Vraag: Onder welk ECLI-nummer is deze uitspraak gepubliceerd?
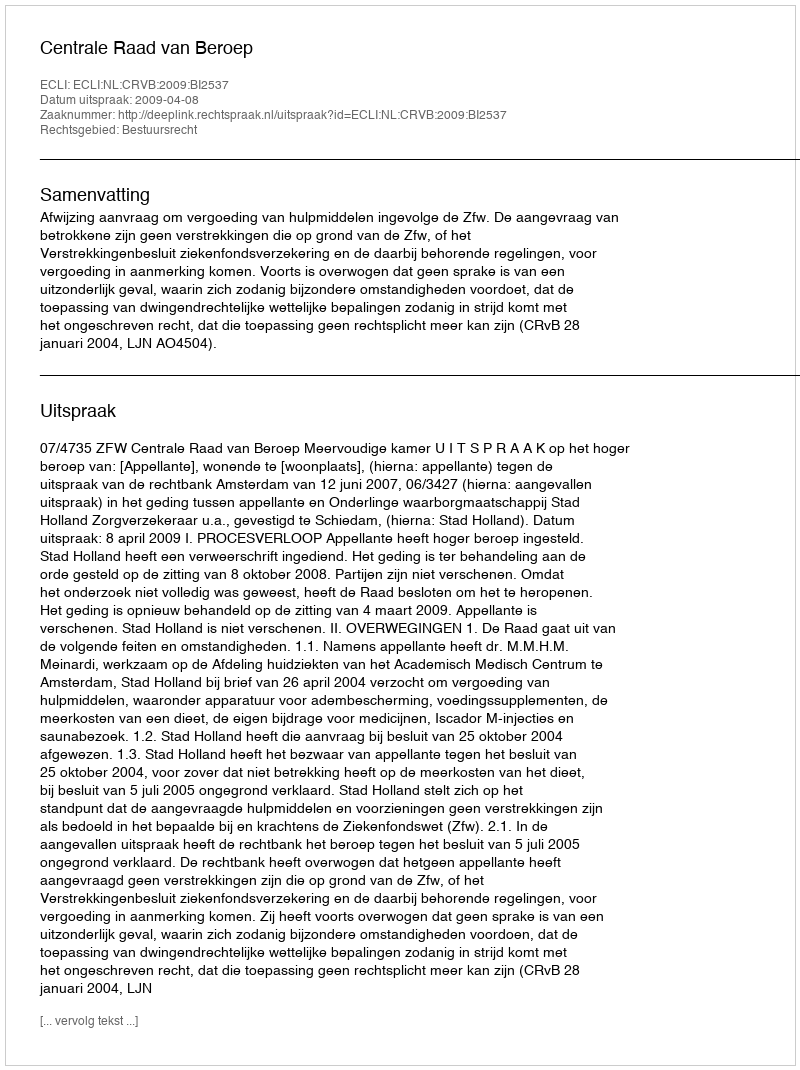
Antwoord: ECLI:NL:CRVB:2009:BI2537